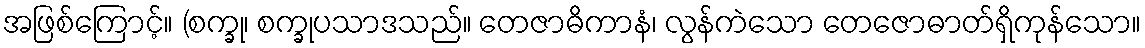
အဖြစ်ကြောင့်။ (စက္ခု၊ စက္ခုပသာဒသည်။ တေဇာဓိကာနံ၊ လွန်ကဲသော တေဇောဓာတ်ရှိကုန်သော။